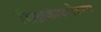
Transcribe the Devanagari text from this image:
शिक्षकांबरोबरच